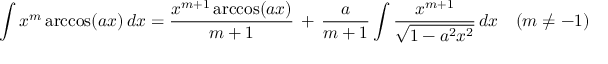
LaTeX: \int x ^ { m } \operatorname { a r c c o s } ( a x ) \, d x = { \frac { x ^ { m + 1 } \operatorname { a r c c o s } ( a x ) } { m + 1 } } \, + \, { \frac { a } { m + 1 } } \int { \frac { x ^ { m + 1 } } { \sqrt { 1 - a ^ { 2 } x ^ { 2 } } } } \, d x \quad ( m \neq - 1 )